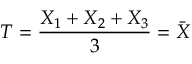
T = { \frac { X _ { 1 } + X _ { 2 } + X _ { 3 } } { 3 } } = { \bar { X } }